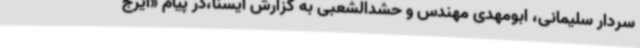
سردار سلیمانی، ابومهدی مهندس و حشدالشعبی به گزارش ایسنا،در پیام «ایرج